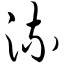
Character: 流